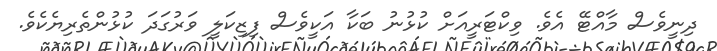
ދިނީވެސް މާއްޓޭ އެވެ. ވިކްޓަރީއަށް ކުޅުނު ބަކާ އަކީވެސް ފިޒިކަލީ ވަރުގަދަ ކުޅުންތެރިޔެކެވެ.